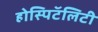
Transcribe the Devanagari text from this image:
होस्पिटॅलिटी